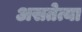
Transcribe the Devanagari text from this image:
असतेत्या